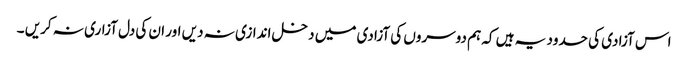
اس آزادی کی حدود یہ ہیں کہ ہم دوسروں کی آزادی میں دخل اندازی نہ دیں اور ان کی دل آزاری نہ کریں ۔